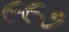
૯૯૭